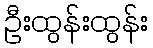
ဦးထွန်းထွန်း